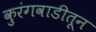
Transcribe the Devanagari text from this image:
कुरंगवाडीतून